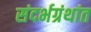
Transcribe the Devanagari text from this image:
संदर्भग्रंथांत